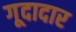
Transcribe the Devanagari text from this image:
गूदादार